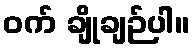
ဝက် ချိုချဉ်ပါ။